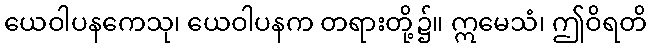
ယေဝါပနကေသု၊ ယေဝါပနက တရားတို့၌။ ဣမေသံ၊ ဤဝိရတိ